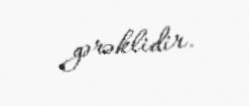
gərəklidir.